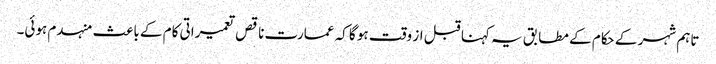
تاہم شہر کے حکام کے مطابق یہ کہنا قبل از وقت ہو گا کہ عمارت ناقص تعمیراتی کام کے باعث منہدم ہوئی۔